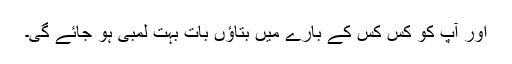
اور آپ کو کس کس کے بارے میں بتاؤں بات بہت لمبی ہو جائے گی۔